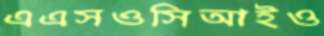
এএসওসিআইও